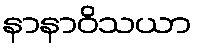
နာနာဝိသယာ